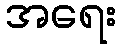
အရေး